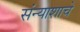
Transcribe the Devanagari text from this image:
संन्याशाचे